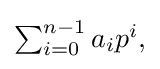
{\textstyle \sum _{i=0}^{n-1}a_{i}p^{i},}